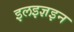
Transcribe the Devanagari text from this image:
इलइज्ञइन